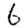
Digit: 6